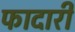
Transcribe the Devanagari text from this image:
फादारी